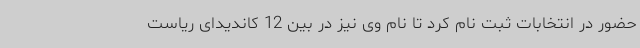
حضور در انتخابات ثبت نام کرد تا نام وی نیز در بین 12 کاندیدای ریاست